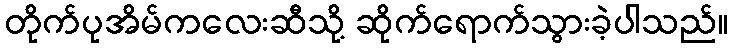
တိုက်ပုအိမ်ကလေးဆီသို့ ဆိုက်ရောက်သွားခဲ့ပါသည်။